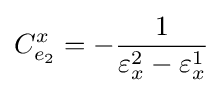
C_{e_{2}}^{x}=-{\frac {1}{\varepsilon _{x}^{2}-\varepsilon _{x}^{1}}}